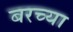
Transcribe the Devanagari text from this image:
बरच्या